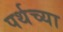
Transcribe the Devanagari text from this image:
पर्थच्या